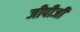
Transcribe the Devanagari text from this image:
जीपीजी